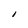
Character: I